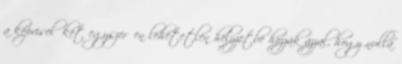
a képviselőket egyszerűen lehetetlen helyzetbe hozzák azzal, hogy nulla